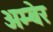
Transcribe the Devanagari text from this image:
अम्बेर